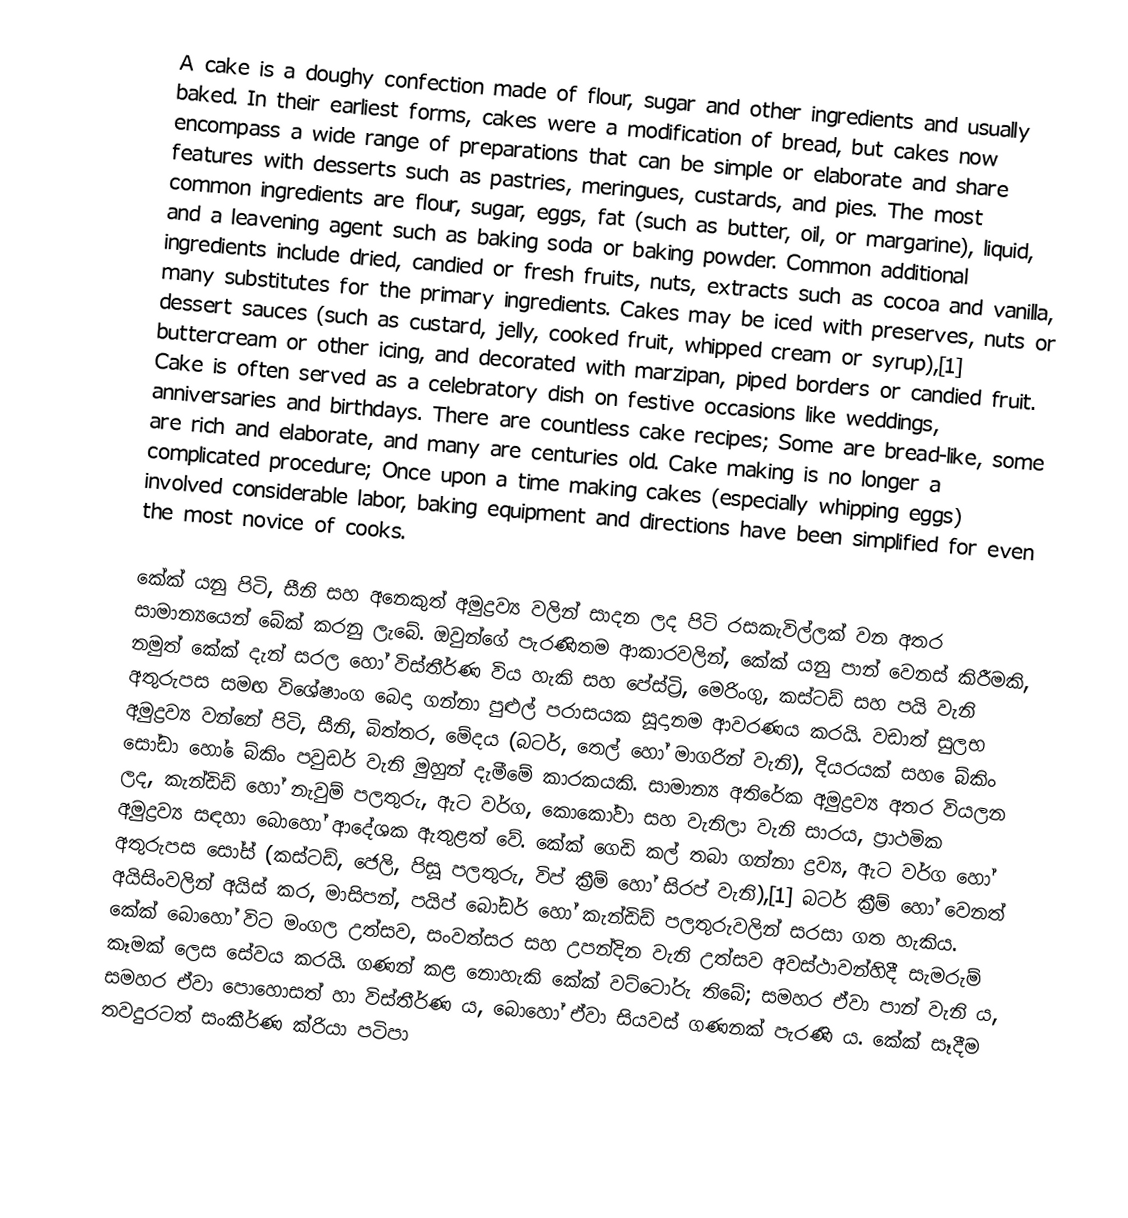
A cake is a doughy confection made of flour, sugar and other ingredients and usually baked. In their earliest forms, cakes were a modification of bread, but cakes now encompass a wide range of preparations that can be simple or elaborate and share features with desserts such as pastries, meringues, custards, and pies. The most common ingredients are flour, sugar, eggs, fat (such as butter, oil, or margarine), liquid, and a leavening agent such as baking soda or baking powder. Common additional ingredients include dried, candied or fresh fruits, nuts, extracts such as cocoa and vanilla, many substitutes for the primary ingredients. Cakes may be iced with preserves, nuts or dessert sauces (such as custard, jelly, cooked fruit, whipped cream or syrup),[1] buttercream or other icing, and decorated with marzipan, piped borders or candied fruit. Cake is often served as a celebratory dish on festive occasions like weddings, anniversaries and birthdays. There are countless cake recipes; Some are bread-like, some are rich and elaborate, and many are centuries old. Cake making is no longer a complicated procedure; Once upon a time making cakes (especially whipping eggs) involved considerable labor, baking equipment and directions have been simplified for even the most novice of cooks.

කේක් යනු පිටි, සීනි සහ අනෙකුත් අමුද්‍රව්‍ය වලින් සාදන ලද පිටි රසකැවිල්ලක් වන අතර සාමාන්‍යයෙන් බේක් කරනු ලැබේ. ඔවුන්ගේ පැරණිතම ආකාරවලින්, කේක් යනු පාන් වෙනස් කිරීමකි, නමුත් කේක් දැන් සරල හෝ විස්තීර්ණ විය හැකි සහ පේස්ට්‍රි, මෙරිංගු, කස්ටඩ් සහ පයි වැනි අතුරුපස සමඟ විශේෂාංග බෙදා ගන්නා පුළුල් පරාසයක සූදානම ආවරණය කරයි. වඩාත් සුලභ අමුද්‍රව්‍ය වන්නේ පිටි, සීනි, බිත්තර, මේදය (බටර්, තෙල් හෝ මාගරින් වැනි), දියරයක් සහ ෙබ්කිං සෝඩා හෝ ෙබ්කිං පවුඩර් වැනි මුහුන් දැමීමේ කාරකයකි. සාමාන්‍ය අතිරේක අමුද්‍රව්‍ය අතර වියලන ලද, කැන්ඩිඩ් හෝ නැවුම් පලතුරු, ඇට වර්ග, කොකෝවා සහ වැනිලා වැනි සාරය, ප්‍රාථමික අමුද්‍රව්‍ය සඳහා බොහෝ ආදේශක ඇතුළත් වේ. කේක් ගෙඩි කල් තබා ගන්නා ද්‍රව්‍ය, ඇට වර්ග හෝ අතුරුපස සෝස් (කස්ටඩ්, ජෙලි, පිසූ පලතුරු, විප් ක්‍රීම් හෝ සිරප් වැනි),[1] බටර් ක්‍රීම් හෝ වෙනත් අයිසිංවලින් අයිස් කර, මාසිපන්, පයිප් බෝඩර් හෝ කැන්ඩිඩ් පලතුරුවලින් සරසා ගත හැකිය. කේක් බොහෝ විට මංගල උත්සව, සංවත්සර සහ උපන්දින වැනි උත්සව අවස්ථාවන්හිදී සැමරුම් කෑමක් ලෙස සේවය කරයි. ගණන් කළ නොහැකි කේක් වට්ටෝරු තිබේ; සමහර ඒවා පාන් වැනි ය, සමහර ඒවා පොහොසත් හා විස්තීර්ණ ය, බොහෝ ඒවා සියවස් ගණනක් පැරණි ය. කේක් සෑදීම තවදුරටත් සංකීර්ණ ක්රියා පටිපා